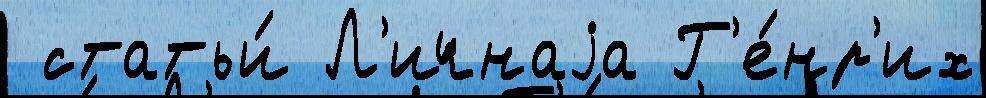
 статьи́ Л'ичнаjа Г'е́нр'их